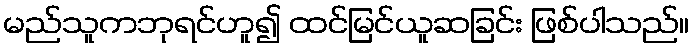
မည်သူကဘုရင်ဟူ၍ ထင်မြင်ယူဆခြင်း ဖြစ်ပါသည်။